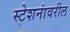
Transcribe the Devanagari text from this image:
स्टेशनांवरील